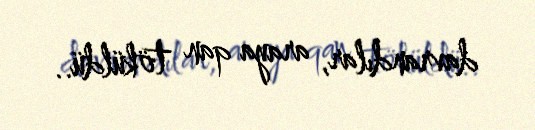
davrandılar, araya qan töküldü..